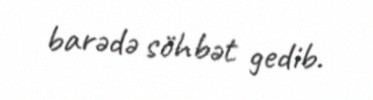
barədə söhbət gedib.